Annual returns of the Patna Lunatic Asylum at Bankipore in Bihar and Orissa - 1912-1924
Year: 1912
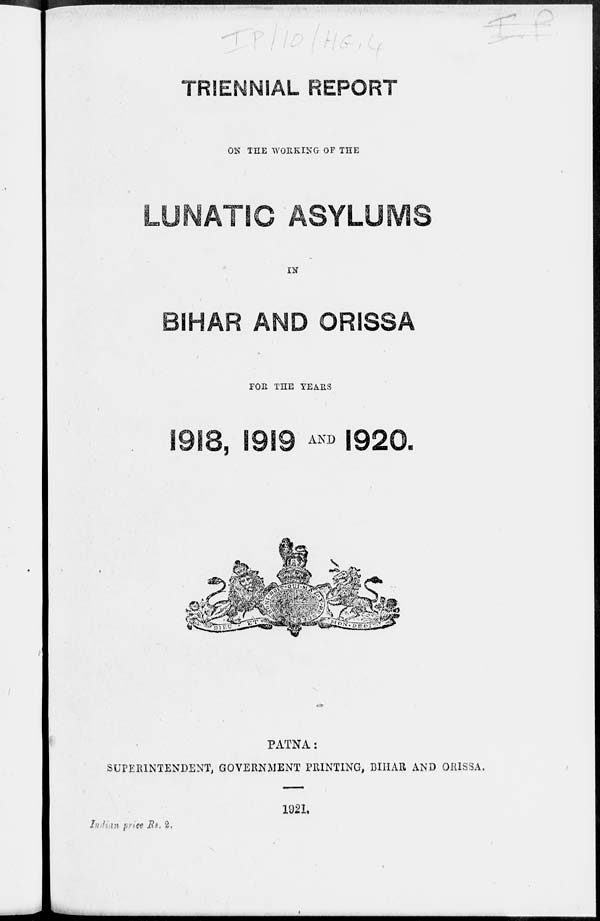
TRIENNIAL REPORT
ON THE WORKING OF THE
LUNATIC ASYLUMS
IN
BIHAR AND ORISSA
FOR THE YEARS
1918, 1919 AND 1920.
PATNA:
SUPERINTENDENT, GOVERNMENT PRINTING, BIHAR AND ORISSA.
1921.
Indian price Rs.2.